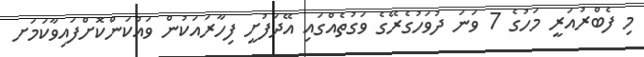
މި ފެބްރުއަރީ މަހުގެ 7 ވަނަ ދުވަހުގެރޭގެ ވަގުތެއްގައި އޭދަފުށީ ފިހާރައަކުން ވައްކަންކޮށްފައިވާކަމަށ